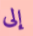
إلى